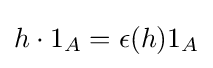
h\cdot 1_{A}=\epsilon (h)1_{A}